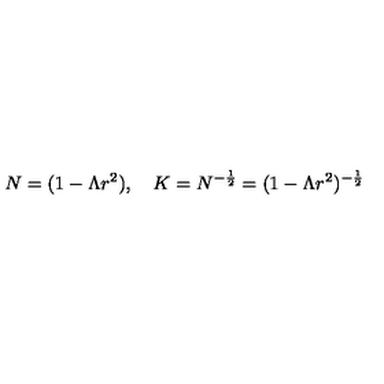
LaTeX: N = ( 1 - \Lambda r ^ { 2 } ) , \quad K = N ^ { - \frac { 1 } { 2 } } = ( 1 - \Lambda r ^ { 2 } ) ^ { - \frac { 1 } { 2 } }